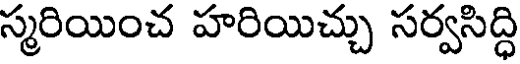
స్మరియించ హరియిచ్చు సర్వసిద్ధి